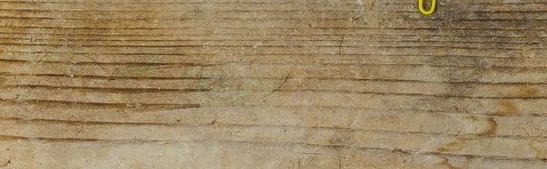
open 24 hours